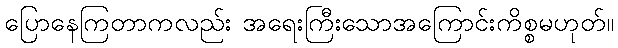
ပြောနေကြတာကလည်း အရေးကြီးသောအကြောင်းကိစ္စမဟုတ်။